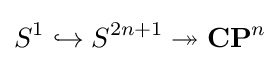
S^{1}\hookrightarrow S^{2n+1}\twoheadrightarrow \mathbf {CP} ^{n}